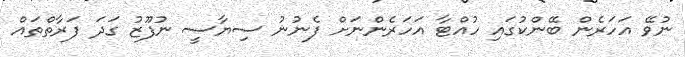
ނުވޭ އަހަރެން ބޭންކުގައި ހުއްޓާ އަހަރެންނަށް ފެނުނު ސިޔާސީ ނުފޫޒު ގަދަ ފަރާތްތައް